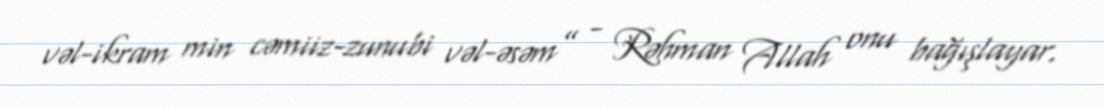
vəl-ikram min cəmiiz-zunubi vəl-əsəm” - Rəhman Allah onu bağışlayar.